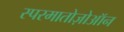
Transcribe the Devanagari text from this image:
स्परमातोज़ोऑन